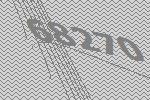
68270